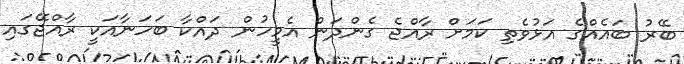
ބޭރު ބައެއްގެ އަޅުވެތި ކަމަށް ރާއްޖެ ގެންދަން އެމީހުން ދައްކާ ބަހަނާއަކީ ރާއްޖޭގައި